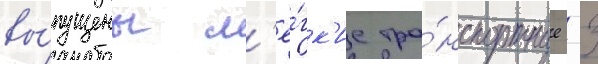
вы́пущены л'ё́гк'ие тра́нспортные -33